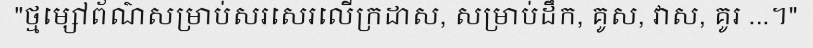
"ថ្មម្សៅព័ណ៌សម្រាប់សរសេរលើក្រដាស, សម្រាប់ដឹក, គូស, វាស, គូរ ...។"